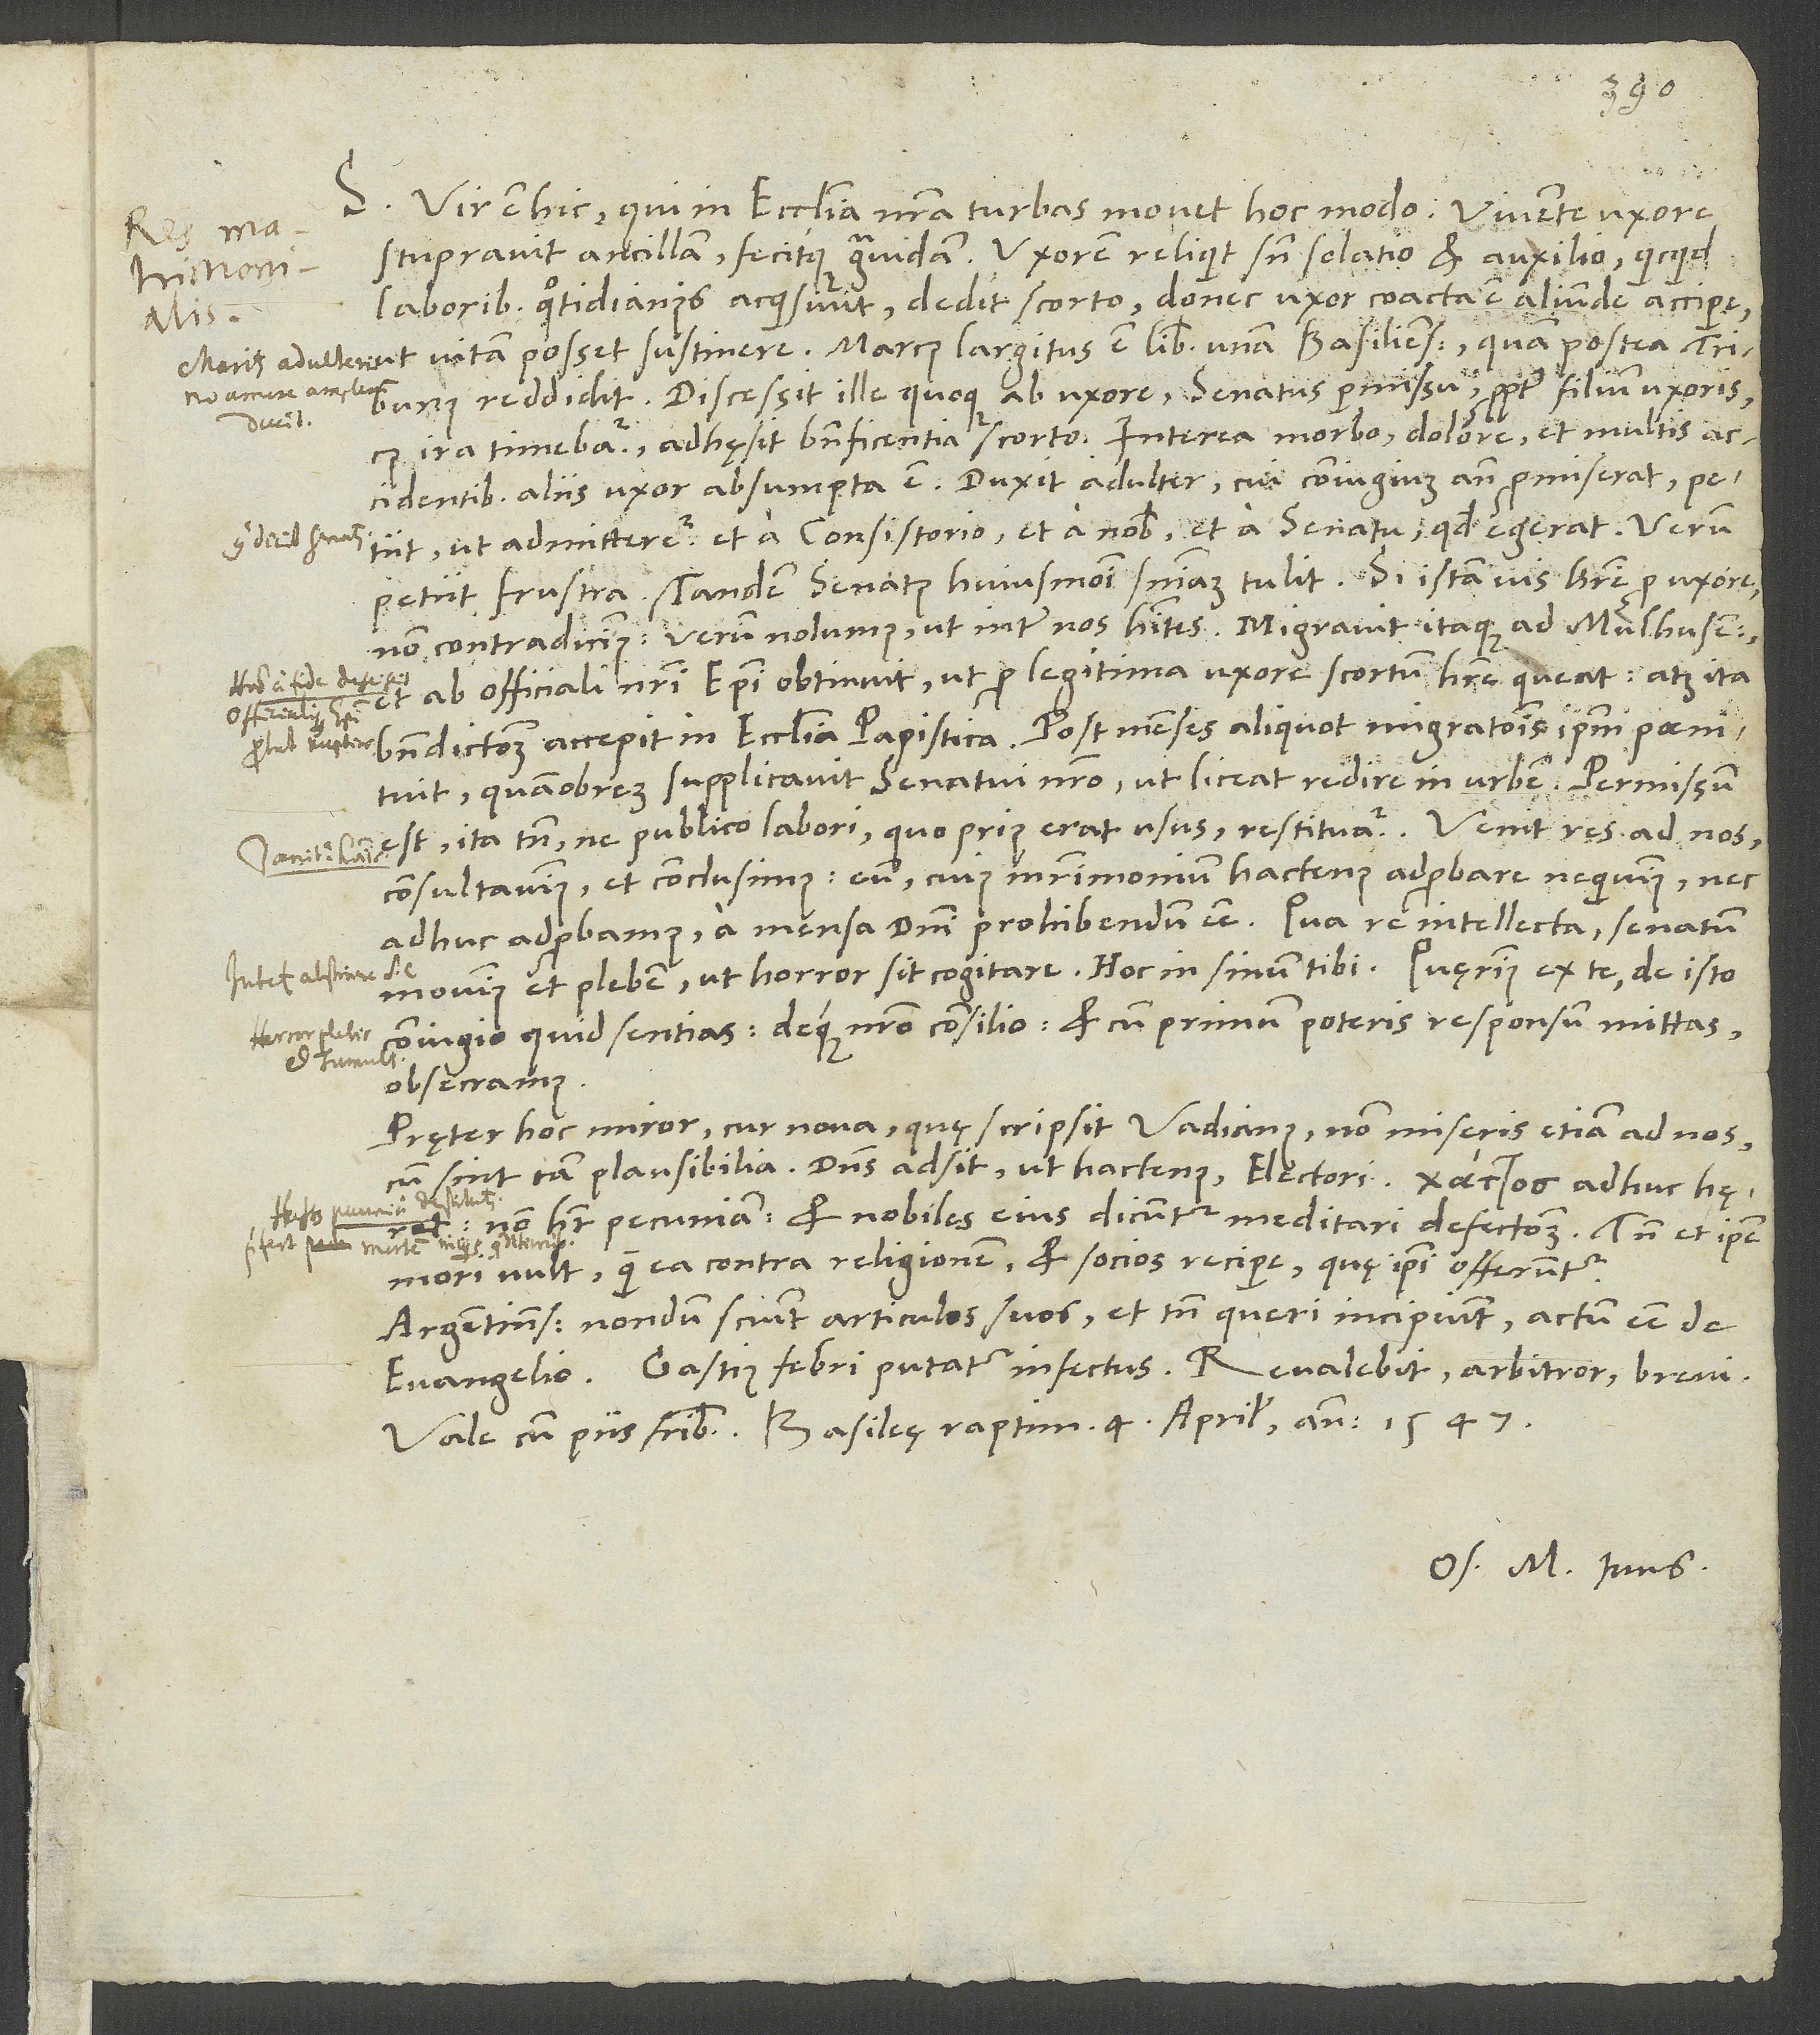
S. Vir est hic, qui in ecclesia nostra turbas movet hoc modo: Vivente uxore
stupravit ancillam fecitque gravidam. Uxorem reliquit sine solatio et auxilio. Quicquid
laboribus quotidianis acquisivit, dedit scorto, donec uxor coacta est aliunde accipere,
vitam posset sustinere. Marcus largitus est libram unam Basiliensem, quam postea tribunus
reddidit. Discessit ille quoqu e ab uxore senatus permissu propter filium uxoris,
ira timebatur. Adhęsit beneficentia scorto. Interea morbo, dolore et multis
accidentibus aliis uxor absumpta est. Duxit adulter, cui coniugium ante promiserat. Petiit,
ut admitteretur (et a consistorio et a nobis et a senatu), quod egerat; verum
petiit frustra. Tandem senatus huiusmodi sententiam tulit: Si istam vis habere pro uxore,
non contradicimus. Verum nolumus, ut inter nos habites. Migravit itaque ad Mulhusenses
et ab officiali nostri episcopi obtinuit, ut pro legitima uxore scortum habere queat, atque ita
benedictionem accepit in ecclesia papistica. Post menses aliquot migrationis ipsum poenituit.
Quamobrem supplicavit senatui nostro, ut liceat redire in urbem. Permissum
est, ita tamen, ne publico labori, quo prius erat usus, restituatur. Venit res ad nos.
Consultavimus et conclusimus: eum (cuius matrimonium hactenus adprobare nequimus, nec
adhuc adprobamus) a mensa domini prohibendum esse! Qua re intellecta senatum
movimus et plebem, ut horror sit cogitare. Hoc in sinum tibi. Quęrimus ex te, de isto
coniugio quid sentias deque nostro consilio, et cum primum poteris, responsum mittas,
obsecramus.
Pręter hoc miror, cur nova, quę scripsit Vadianus, non miseris etiam ad nos,
cum sint tam plausibilia? Dominus adsit ut hactenus electori! adhuc hęret.
Non habet pecuniam, et nobiles eius dicuntur meditari defectionem. Tamen et ipse
mori vult, quam ea contra religionem et socios recipere, quę ipsi offeruntur.
Argentinenses nondum sciunt articulos suos et tamen queri incipiunt actum esse de
Gastius febri putatur infectus. Revalebit, arbitror, brevi.
Vale cum piis fratribus. Basileę, raptim 4. aprilis anno 1547.
Os. M. tuus.